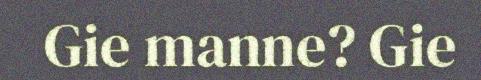
Gie manne? Gie